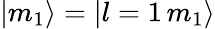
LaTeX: |m_{1}\rangle=|l=1\, m_{1}\rangle